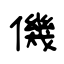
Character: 僟